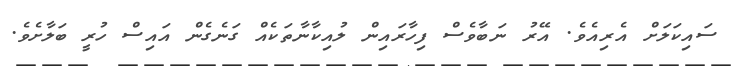
ސައިކަލަށް އެރިއެވެ. އޭރު ނަބާވެސް ފިހާރައިން ލުއިކާނާތަކެއް ގަނެގެން އައިސް ހުރީ ބަލާށެވެ.